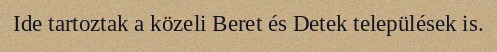
Ide tartoztak a közeli Beret és Detek települések is.